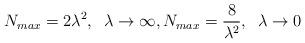
LaTeX: \begin{align*}N_{max}= 2\lambda^2,\; \;\lambda\to\infty, N_{max}= \frac{8}{\lambda^2},\; \;\lambda\to 0\end{align*}